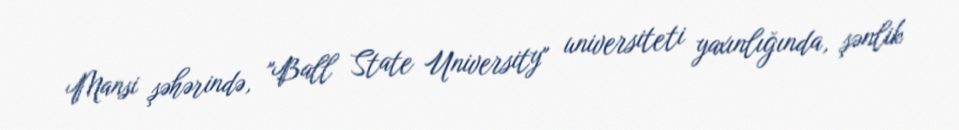
Mansi şəhərində, "Ball State University" universiteti yaxınlığında, şənlik